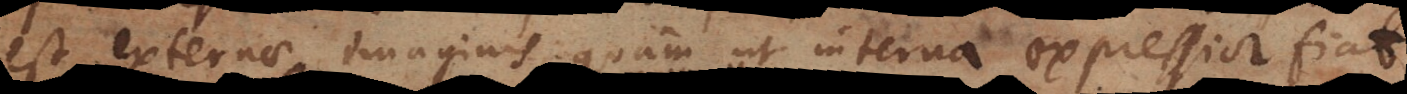
est externae imaginis quam ut interna expressior fiat